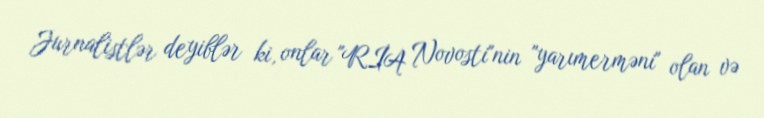
Jurnalistlər deyiblər ki, onlar "RİA Novosti"nin "yarımerməni" olan və